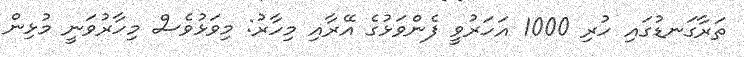
ތަރާގަނޑުގައި ހުރި 1000 އަހަރުވީ ފެންވަޅުގެ އޭރާއި މިހާރު: މިވަޅުވެސް މިހާރުވަނީ މުޅިން